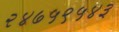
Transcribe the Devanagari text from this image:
२४७५९५४३